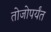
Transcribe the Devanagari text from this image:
तोजोपर्यंत